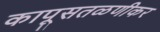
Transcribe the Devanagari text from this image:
कापूसतळणीकर